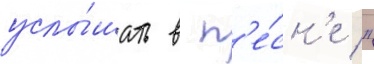
услы́шать в п'е́сн'е "